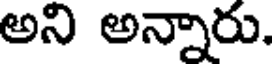
అని అన్నారు.